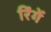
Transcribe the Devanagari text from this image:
रिंगें